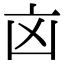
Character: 㐫